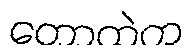
တောထဲက